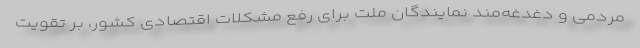
مردمی و دغدغه‌مند نمایندگان ملت برای رفع مشکلات اقتصادی کشور، بر تقویت